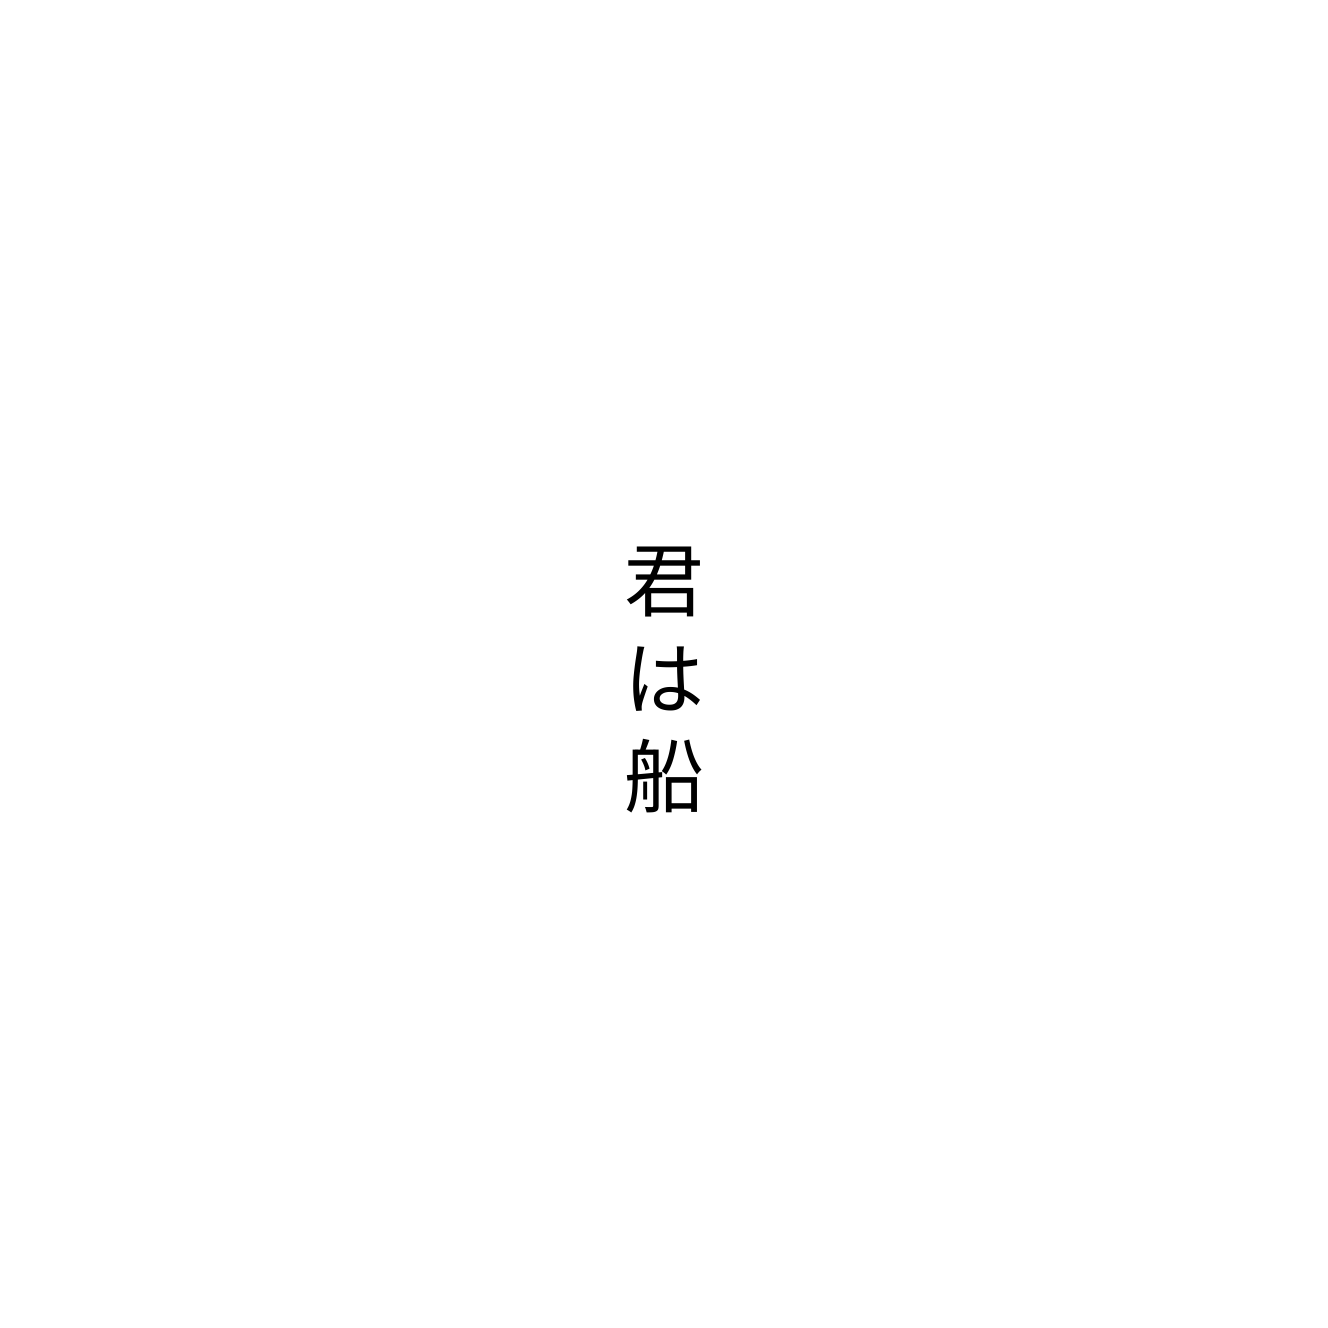
君は船